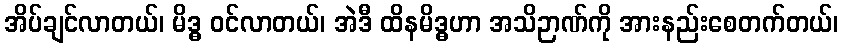
အိပ်ချင်လာတယ်၊ မိဒ္ဓ ဝင်လာတယ်၊ အဲဒီ ထိနမိဒ္ဓဟာ အသိဉာဏ်ကို အားနည်းစေတက်တယ်၊